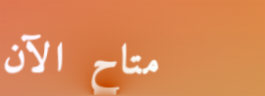
متاح الآن